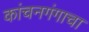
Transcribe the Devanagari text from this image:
कांचनगंगाचा